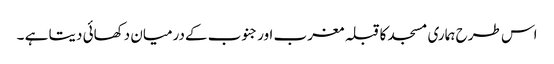
اس طرح ہماری مسجد کاقبلہ مغرب اورجنوب کےدرمیان دکھائی دیتا ہے ۔